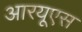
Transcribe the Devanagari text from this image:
आरयूएस